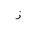
Letter: _zay